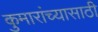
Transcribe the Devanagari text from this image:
कुमारांच्यासाठी